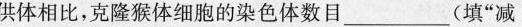
供体相比，克隆猴体细胞的染色体数目(填”减